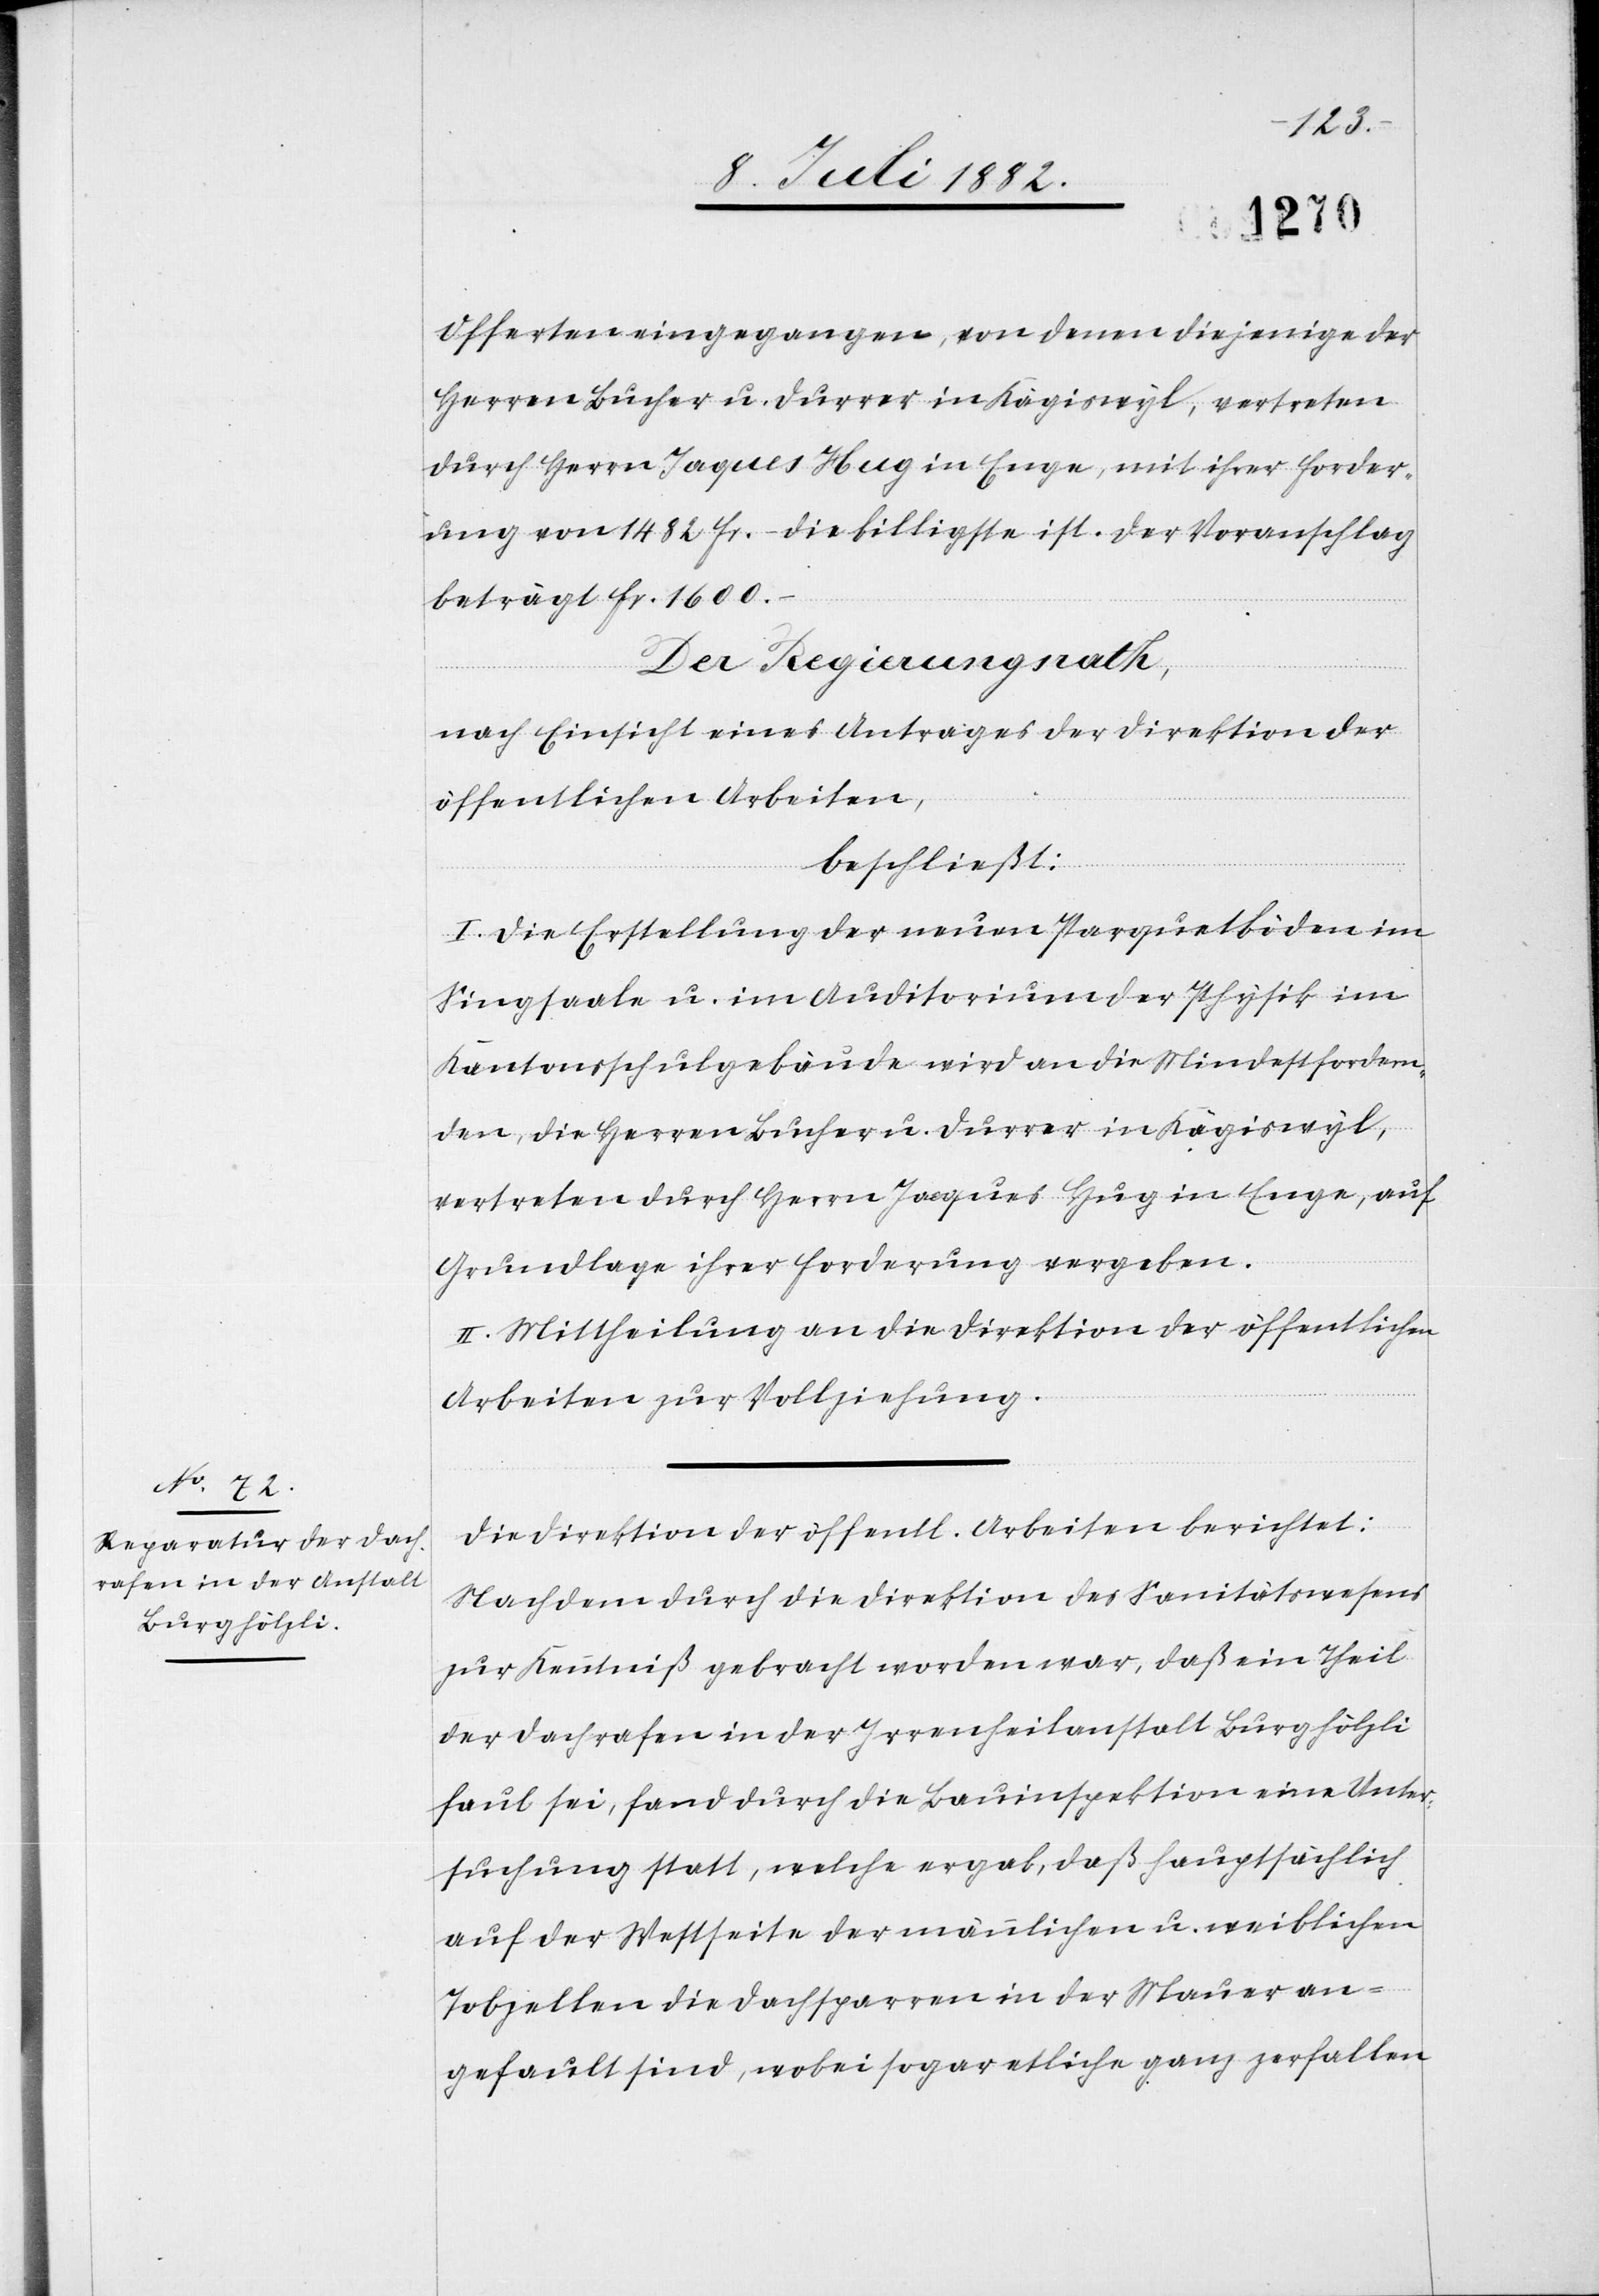
Offerten eingegangen, von denen diejenige der
Herren Bucher u. Durrer in Kägiswyl, vertreten
durch Herrn Jaques Hug in Enge, mit ihrer Forder¬
ung von 1482 Fr. – die billigste ist. Der Voranschlag
beträgt Fr. 1600.
Der Regierungsrath,
nach Einsicht eines Antrages der Direktion der
öffentlichen Arbeiten,
beschließt:
I. Die Erstellung der neuen Parquetböden im
Singsaale u. im Auditorium der Physik im
Kantonsschulgebäude wird an die Mindestfordern¬
den, die Herren Bucher u. Durrer in Kägiswyl,
vertreten durch Herrn Jacques [sic!] Hug in Enge, auf
Grundlage ihrer Forderung vergeben.
II. Mittheilung an die Direktion der öffentlichen
Arbeiten zur Vollziehung.
Die Direktion der öffentlichen Arbeiten berichtet:
Nachdem durch die Direktion des Sanitätswesens
zur Kenntniß gebracht worden war, daß ein Theil
der Dachrafen in der Irrenheilanstalt Burghölzli
faul sei, fand durch die Bauinspektion eine Unter¬
suchung statt, welche ergab, daß hauptsächlich
auf der Westseite der männlichen u. weiblichen
Tobzellen die Dachsparren in der Mauer an¬
gefault sind, wobei sogar etliche ganz zerfallen